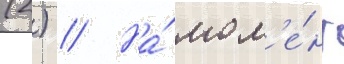
(2) // На́ мом'е́нт